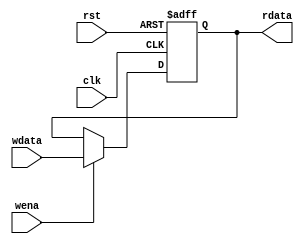
`timescale 1ns / 1ps
module HILO(
    input clk,
    input wena,
    input rst,
    input[31:0] wdata,
    output[31:0]rdata
    );
    reg [31:0]data;
    always@(posedge clk or posedge rst)
        if(rst)
            data<=32'b0;
        else if(wena)
            data<=wdata;
    assign rdata=data;
endmodule